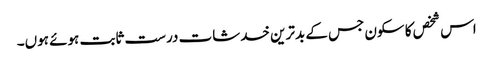
اس شخص کا سکون جس کے بدترین خدشات درست ثابت ہوئے ہوں۔